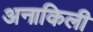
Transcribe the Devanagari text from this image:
अनाकिली